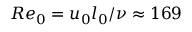
R e _ { 0 } = u _ { 0 } l _ { 0 } / \nu \approx 1 6 9